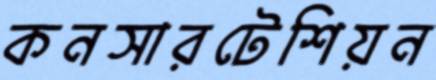
কনসারটেশিয়ন